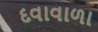
દવાવાળા